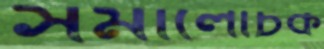
সমালোচক